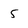
Character: 5